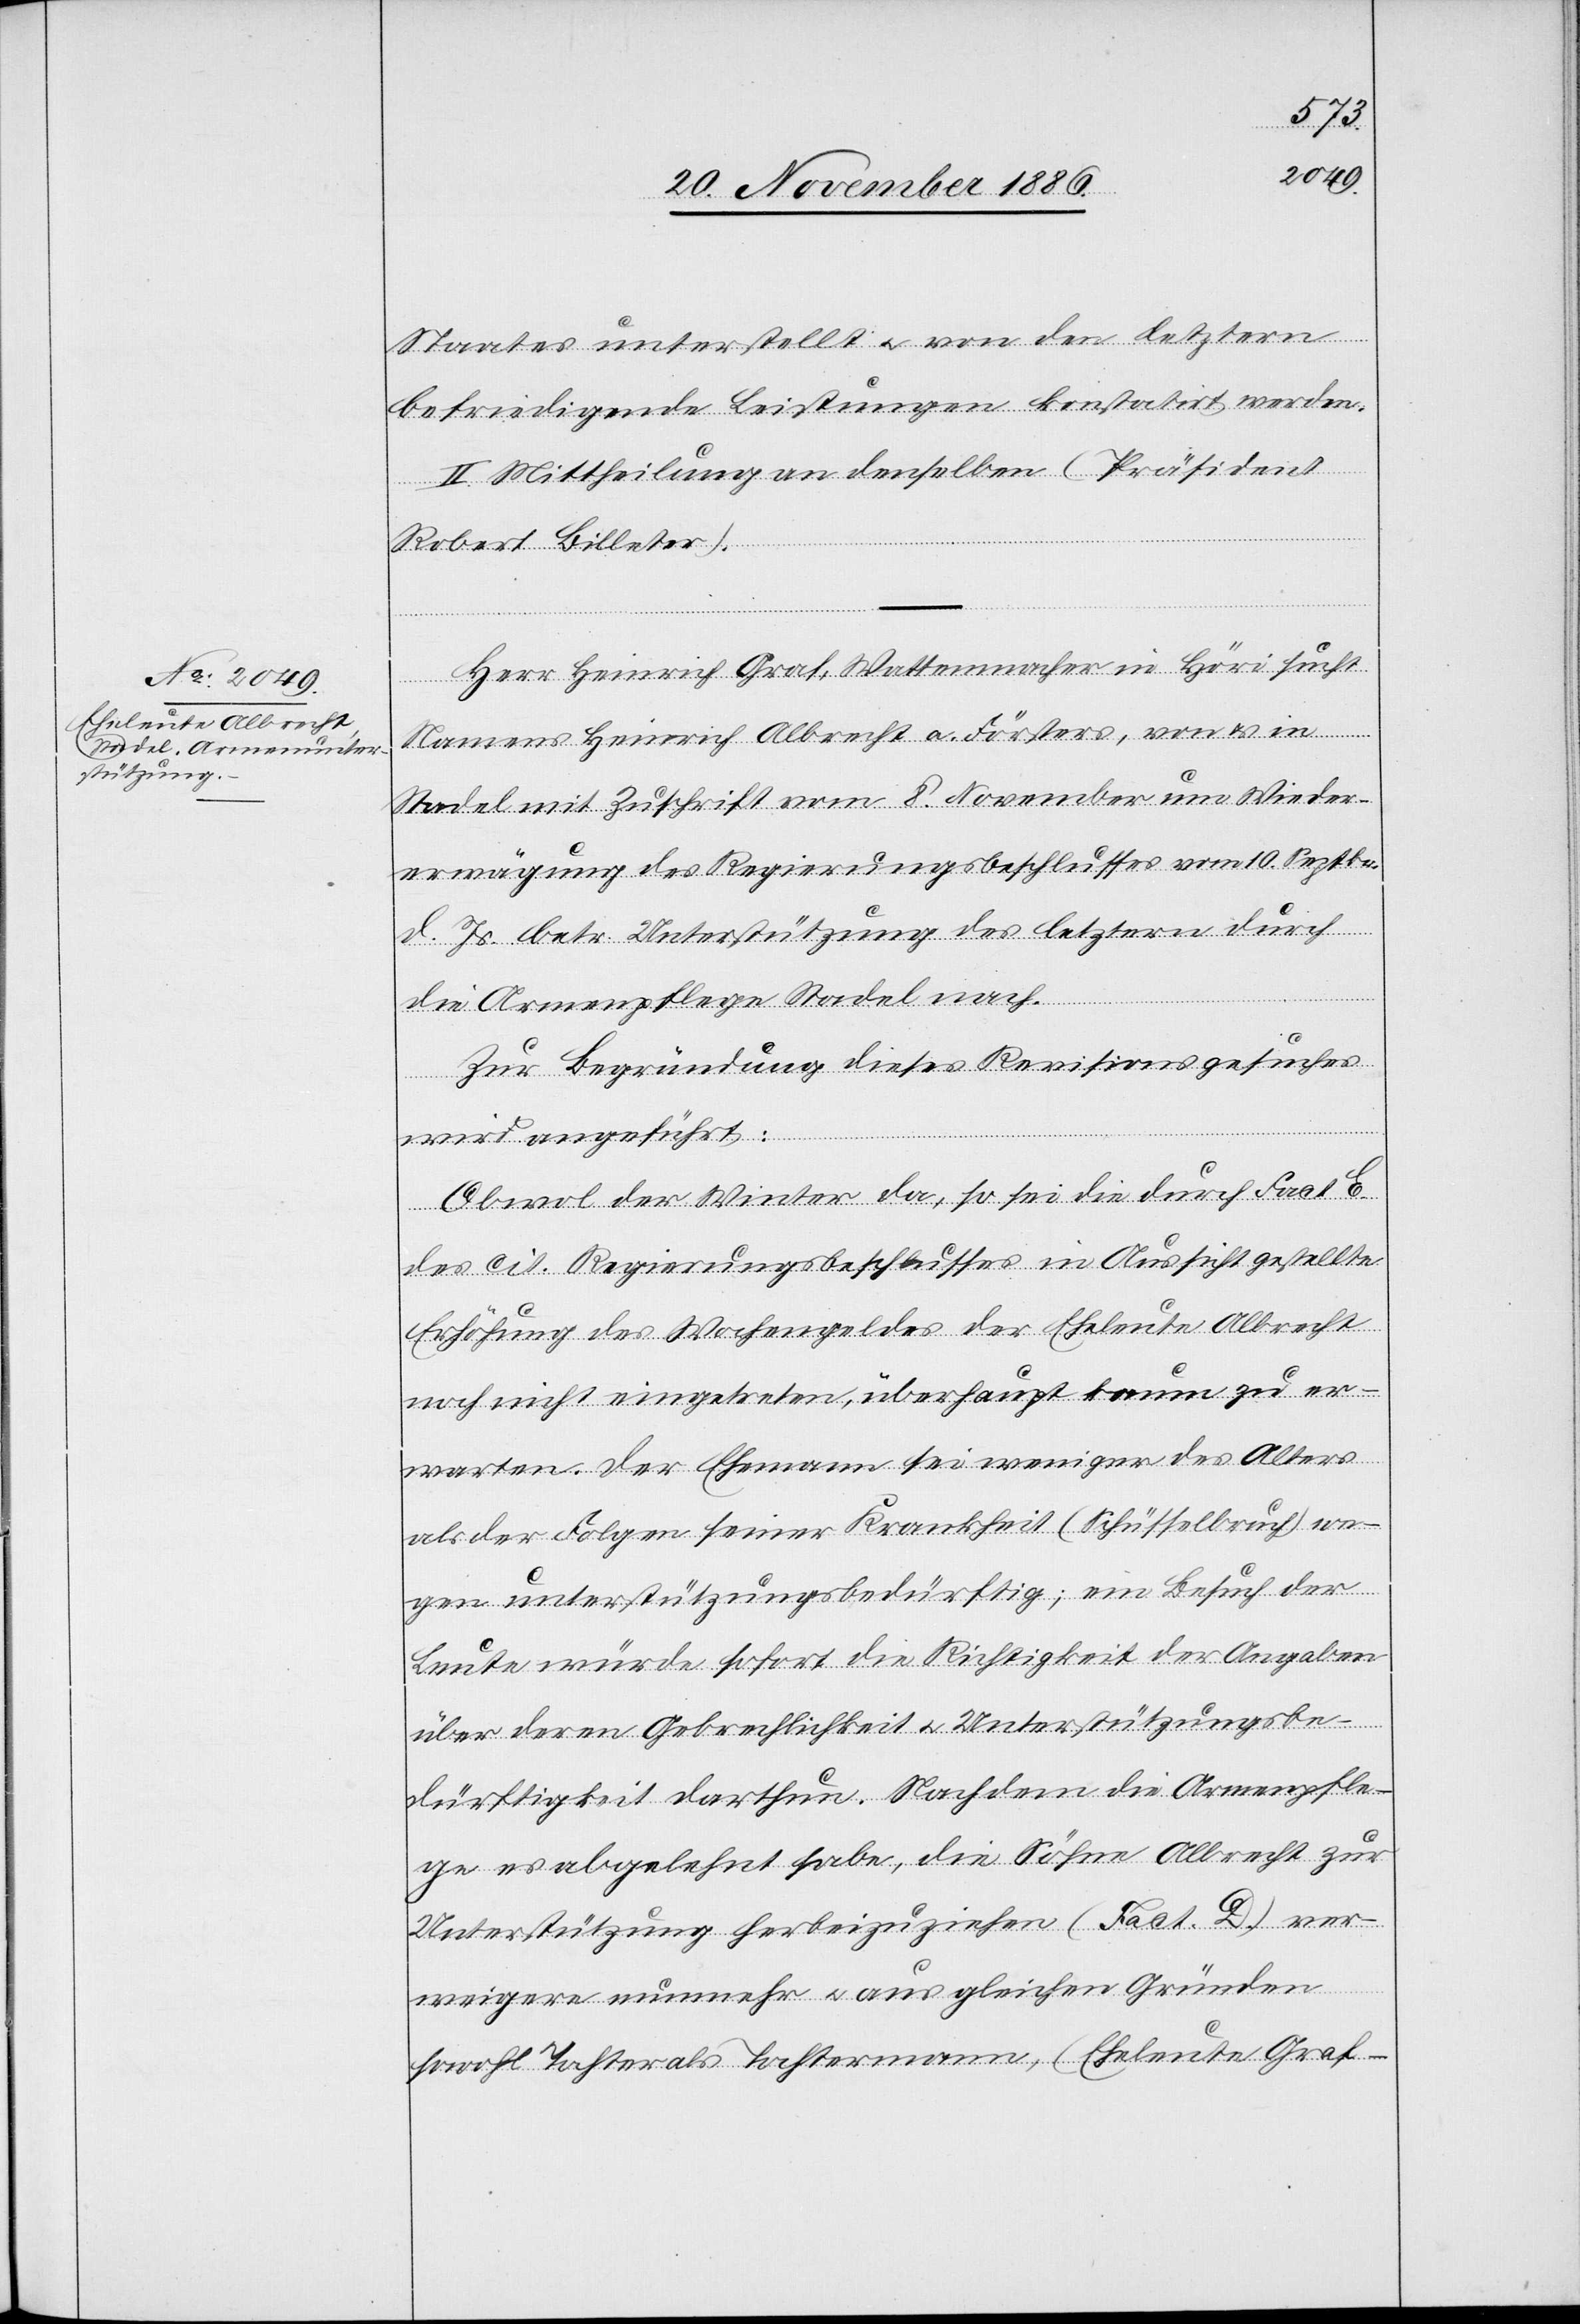
Staates unterstellt & von den letztern
befriedigende Leistungen konstatirt werden.
II. Mittheilung an denselben (Präsident
Robert Billeter).
Herr Heinrich Graf, Wattenmacher in Höri sucht
Namens Heinrich Albrecht a. Försters, von & in
Stadel mit Zuschrift vom 8. November um Wieder¬
erwägung des Regierungsbeschlusses vom 10. Septbr.
d. Js. betr. Unterstützung des letztern durch
die Armenpflege Stadel nach.
Zur Begründung dieses Revisionsgesuches
wird angeführt:
Obwol der Winter da, so sei die durch Fact. E.
des cit. Regierungsbeschlusses in Aussicht gestellte
Erhöhung des Wochengeldes der Eheleute Albrecht
noch nicht eingetreten, überhaupt kaum zu er¬
warten. Der Ehemann sei weniger des Alters
als der Folgen seiner Krankheit (Schüsselbruch) we¬
gen unterstützungsbedürftig; ein Besuch der
Leute würde sofort die Richtigkeit der Angaben
über deren Gebrechlichkeit & Unterstützungsbe¬
dürftigkeit darthun. Nachdem die Armenpfle¬
ge es abgelehnt habe, die Söhne Albrecht zur
Unterstützung herbeizuziehen (Fact. D.) ver¬
weigern nunmehr & aus gleichen Gründen
sowohl Tochter als Tochtermann, (Eheleute Graf-